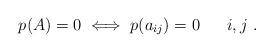
LaTeX: \begin{align*}p(A) = 0 \iff p(a_{i j}) = 0 \ \ \ \ \ i, j \ .\end{align*}